Annual report on the working of the Harcourt Butler Institute of Public Health, Rangoon
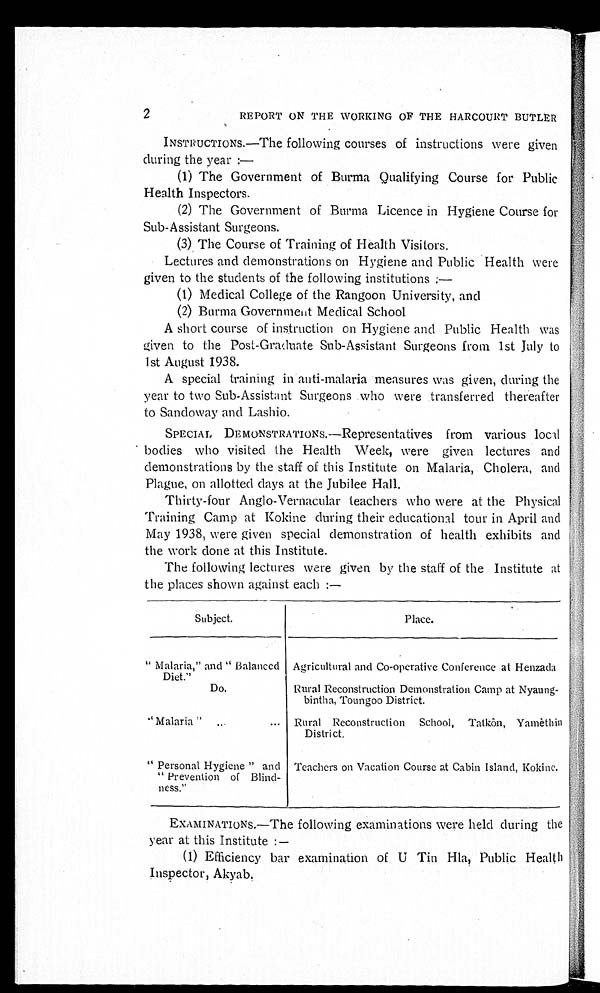
2
REPORT ON THE WORKING OF THE HARCOURT BUTLER
INSTRUCTIONS.—The following courses of instructions were given
during the year :
—
(1) The Government of Burma Qualifying Course for Public
Health Inspectors.
(2) The Government of Burma Licence in Hygiene Course for
Sub-Assistant Surgeons.
(3) The Course of Training of Health Visitors.
Lectures and demonstrations on Hygiene and Public Health were
given to the students of the following institutions :—
(1) Medical College of the Rangoon University, and
(2) Burma Government Medical School
A short course of instruction on Hygiene and Public Health was
given to the Post-Graduate Sub-Assistant Surgeons from 1st July to
1 s t A u g u s t 1 9 3 8 .
A special training in anti-malaria measures was given, during the
year to two Sub-Assistant Surgeons who were transferred thereafter
to Sandoway and Lashio.
SPECIAL DEMONSTRATIONS.—Representatives from various local
bodies who visited the Health Week, were given lectures and
demonstrations by the staff of this Institute on Malaria, Cholera, and
Plague, on allotted days at the Jubilee Hall.
Thirty-four Anglo-Vernacular teachers who were at the Physical
Training Camp at Kokine during their educational tour in April and
May 1938, were given special demonstration of health exhibits and
the work clone at this Institute.
The following lectures were given by the staff of the Institute at
the places shown against each :—
Subject.
Place.
"Malaria," and "Balanced
Diet."
Agricultural and Co-operative Conference at Henzada
Do.
Rural Reconstruction Demonstration Camp at Nyaung
-
bintha, Toungoo District.
"Malaria" . . . Rural Reconstruction School, Tatkôn, Yamèthir
District.
"Personal Hygiene" and
"Prevention of Blind -
ness."
Teachers on Vacation Course at Cabin Island, Kokine.
EXAMINATIONS.—The following examinations were held during the
year at this Institute :—
( 1 ) E f f i c i e n c y b a r e x a m i n a t i o n o f U T i n H l a , P u b l i c H e a l t h
I n s p e c t o r , A k y a b .